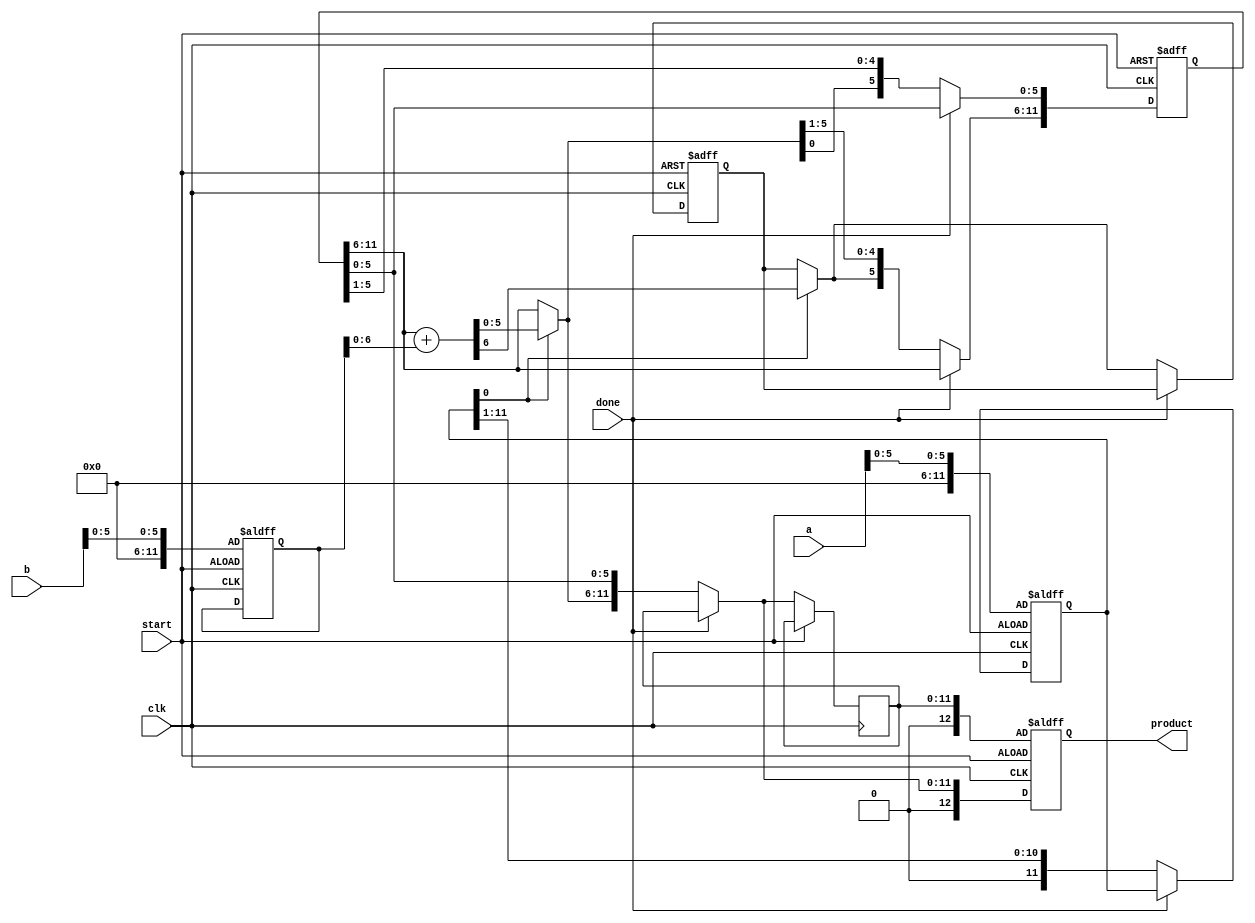
/*
    Ashutosh Kumar Singh
    19CS30008
    COA Laboratory Test 2
*/

`timescale 1ns / 1ps

module datapath(
    input clk, 
    input start, 
    input [6:0] a, 
    input [6:0] b, 
    input done, 
    output reg [12:0] product
);
    reg [11:0] p, a_temp, b_temp, p_temp;
    reg carry;

    always @(posedge clk or posedge start) begin
        if(start) begin
            p <= 0;
            carry <= 0;
            a_temp <= a[5:0];
            b_temp <= b[5:0];
        end
        else begin
            if(!done) begin
                carry <= 0;
                if(a_temp[0]) begin
                    {carry, p[11:6]} = p[11:6] + b_temp;
                end
                a_temp <= a_temp >> 1;
                p <= {carry, p[11:1]};
                p_temp = p;
            end
        end
        product <= {1'b0, p_temp};
    end

endmodule